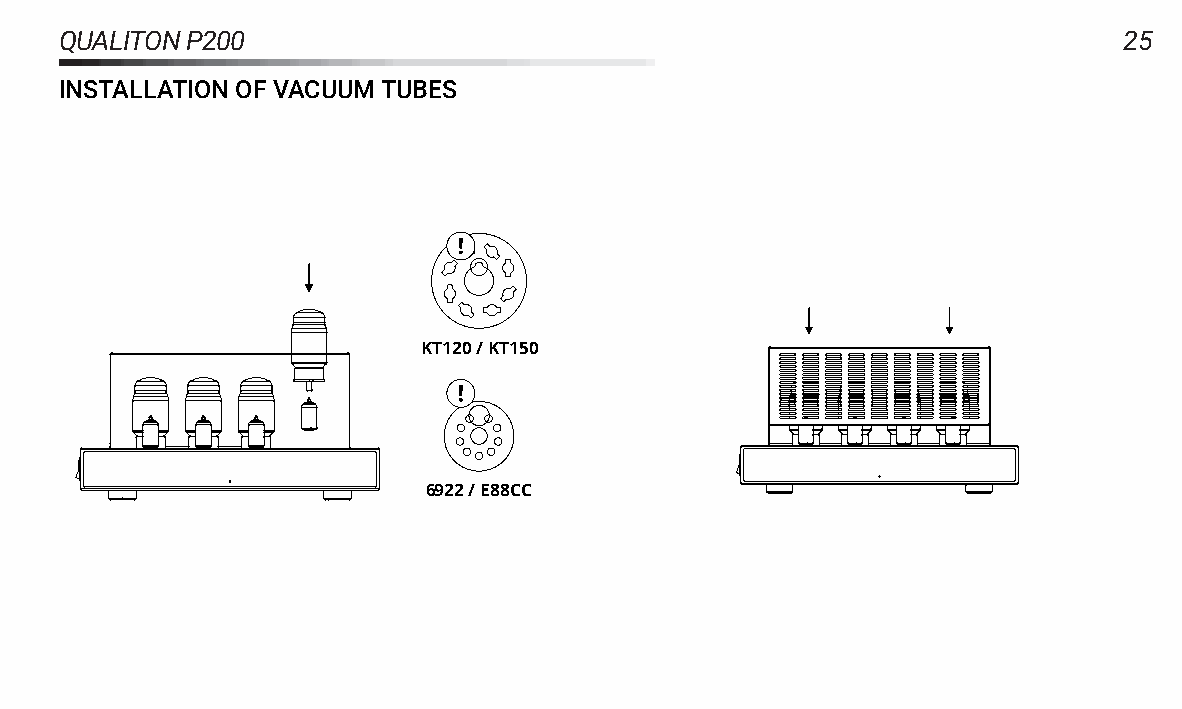
QUALITONP200                                                          25
 INSTALLATIONOFVACUUMTUBES
 KT120/KT150
 6922/E88CC